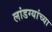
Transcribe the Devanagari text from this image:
लांडग्यांच्या